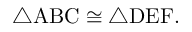
\triangle \mathrm { A B C } \cong \triangle \mathrm { D E F } .